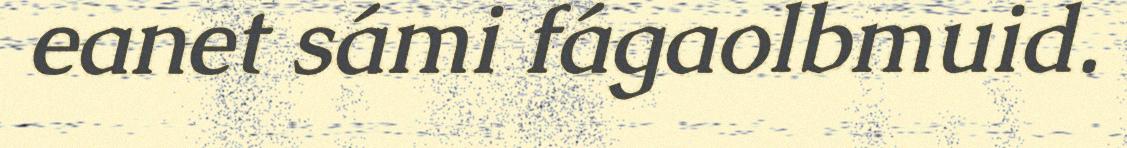
eanet sámi fágaolbmuid.